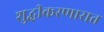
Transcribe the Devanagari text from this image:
शुद्धीकरणारात